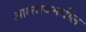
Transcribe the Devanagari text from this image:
आल्तायमधील